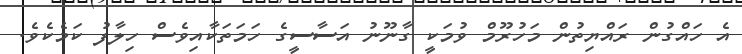
އެ ހައްގުން ރައްޔިތުން މަހުރޫމް ވުމަކީ ގާނޫނު އަސާސީގެ ހަމަތަކާއިވެސް ހިލާފު ކަމެކެވެ.